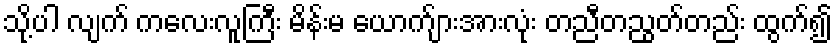
သို့ပါ လျက် ကလေးလူကြီး မိန်းမ ယောက်ျားအားလုံး တညီတညွတ်တည်း ထွက်၍